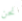
نحن